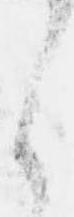
之